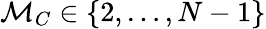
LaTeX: \mathcal{M}_{C}\in\{ 2,\dots,N-1\}